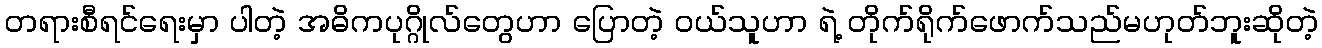
တရားစီရင်ရေးမှာ ပါတဲ့ အဓိကပုဂ္ဂိုလ်တွေဟာ ပြောတဲ့ ဝယ်သူဟာ ရဲ့ တိုက်ရိုက်ဖောက်သည်မဟုတ်ဘူးဆိုတဲ့